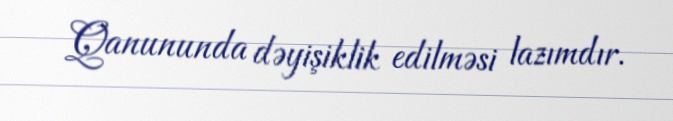
Qanununda dəyişiklik edilməsi lazımdır.